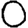
Digit: 0